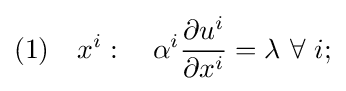
(1)\quad x^{i}:\quad \alpha ^{i}{\frac {\partial u^{i}}{\partial x^{i}}}=\lambda \ \forall \ i;